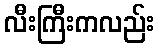
လီးကြီးကလည်း